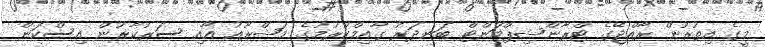
މީގެ އިތުރުން ރާއްޖޭގެ ޓްރާންޝިޕްމަންޓް ބަނދަރު ގާއިމްކުރުމުގެ މަޝްރޫއު އާއި ސަރުކާރުން އިސްކަން